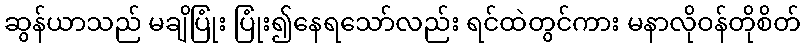
ဆွန်ယာသည် မချိပြုံး ပြုံး၍နေရသော်လည်း ရင်ထဲတွင်ကား မနာလိုဝန်တိုစိတ်